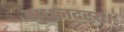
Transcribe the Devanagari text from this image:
सुधनदस्य।